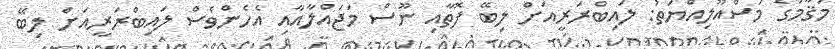
މަޤާމުގެ މަސްއޫލިއްޔަތު: ލައިބްރަރީއަށް ލިބޭ ފޮތާއި ނޫސް މަޖައްލާއާއި އެހެންވެސް ލައިބްރަރީއަށް ލިބޭ